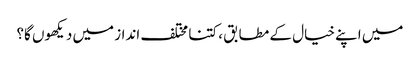
میں اپنے خیال کے مطابق ، کتنا مختلف انداز میں دیکھوں گا؟